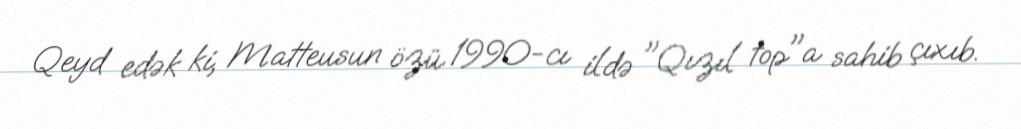
Qeyd edək ki, Matteusun özü 1990-cı ildə "Qızıl top"a sahib çıxıb.